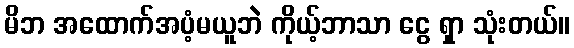
မိဘ အထောက်အပံ့မယူဘဲ ကိုယ့်ဘာသာ ငွေ ရှာ သုံးတယ်။